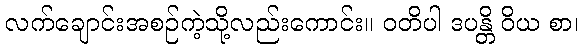
လက်ချောင်းအစဉ်ကဲ့သို့လည်းကောင်း။ ဝတိပါ ဒပန္တိ ဝိယ စာ၊